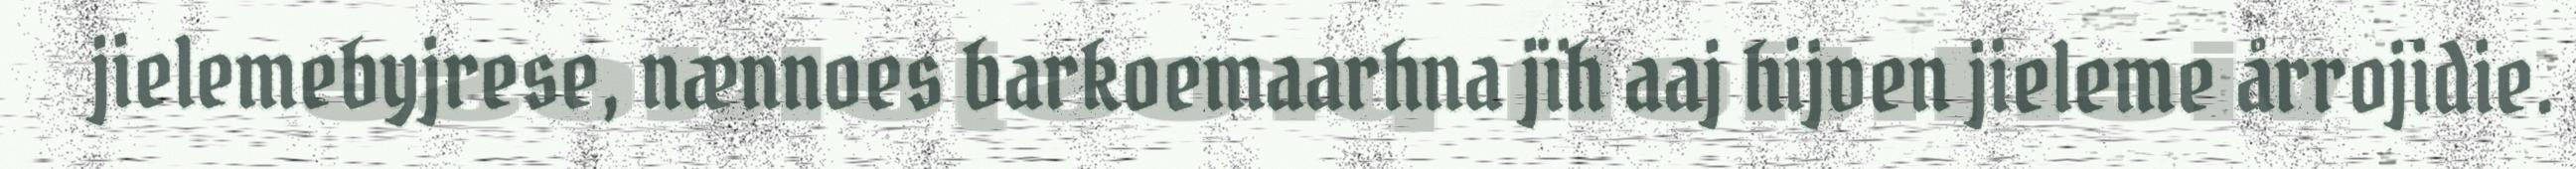
jielemebyjrese, nænnoes barkoemaarhna jïh aaj hijven jieleme årrojidie.